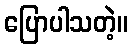
ပြောပါသတဲ့။